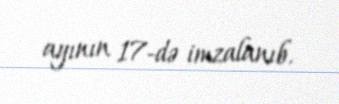
ayının 17-də imzalanıb.